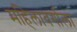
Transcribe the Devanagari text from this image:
महिलावर्गाला